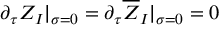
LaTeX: \partial _ { \tau } Z _ { I } | _ { \sigma = 0 } = \partial _ { \tau } \overline { { { Z } } } _ { I } | _ { \sigma = 0 } = 0